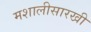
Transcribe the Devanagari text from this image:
मशालीसारखी